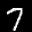
Label: 7